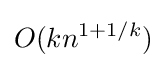
O(kn^{1+1/k})